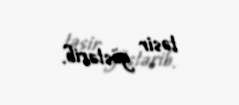
təsir göstərib.